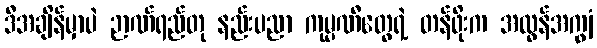
ဒီအချိန်မှာပဲ ဉာဏ်ရည်တု နည်းပညာ ကုမ္ပဏီတွေရဲ့ တန်ဖိုးက အလွန်အကျွံ